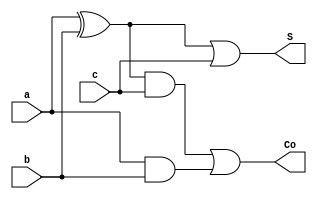
module approx_adder(a, b, c, S, Co
    );
  input a, b, c;
  output S, Co;
  wire w1,w2,w3;
  xor b1(w1,a,b);
  or b2(S,w1,c);
  and b3(w2,a,b);
  and b4(w3,w1,c);
  or b5(Co,w3,w2);



endmodule

module approx_4adder(X,Y,C,S,Cout); 

 input [7:0]X,Y;
 input C;
 output [7:0]S;
 output Cout;
 wire w1,w2,w3,w4,w5,w6,w7,w8;
   approx_adder a1(X[0],Y[0],C,S[0],w1);
   approx_adder a2(X[1],Y[1],w1,S[1],w2);
   approx_adder a3(X[2],Y[2],w2,S[2],w3);
   approx_adder a4(X[3],Y[3],w3,S[3],w4);
   approx_adder a5(X[4],Y[4],w4,S[4],w5);
   approx_adder a6(X[5],Y[5],w5,S[5],w6);
   approx_adder a7(X[6],Y[6],w6,S[6],w7);
   approx_adder a8(X[7],Y[7],w7,S[7],Cout);
  


endmodule